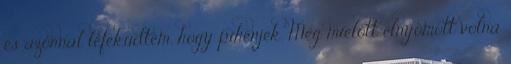
és azonnal lefeküdtem, hogy pihenjek. Még mielőtt elnyomott volna